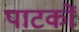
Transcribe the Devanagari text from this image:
पाटकों